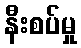
နီးစပ်မှု